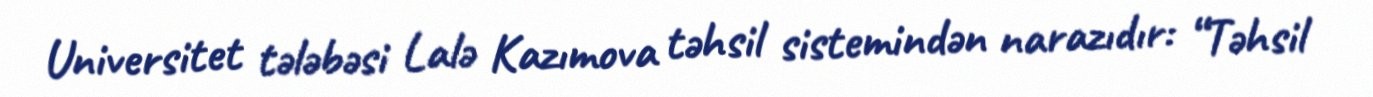
Universitet tələbəsi Lalə Kazımova təhsil sistemindən narazıdır: “Təhsil